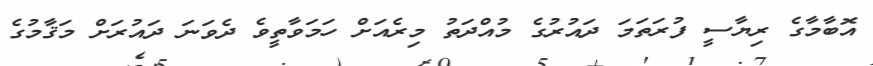
އޮބާމާގެ ރިޔާސީ ފުރަތަމަ ދައުރުގެ މުއްދަތު މިރެއަށް ހަމަވާތީވެ ދެވަނަ ދައުރަށް މަޤާމުގެ